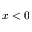
x < 0